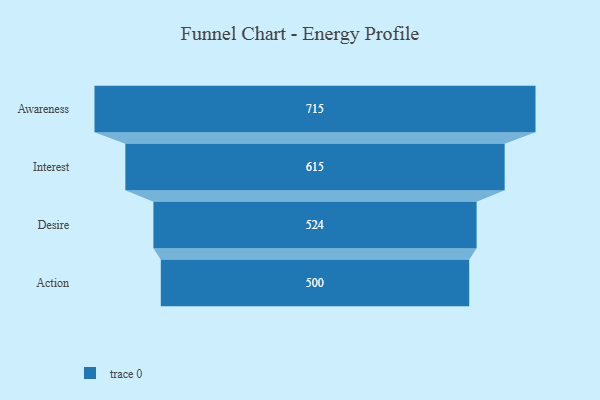
{"axis": {"x": "Stage", "y": "Value"}, "legend": [""], "data": [{"x": "Awareness", "y": 715.0, "type": ""}, {"x": "Interest", "y": 615.0, "type": ""}, {"x": "Desire", "y": 524.0, "type": ""}, {"x": "Action", "y": 500, "type": ""}]}